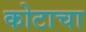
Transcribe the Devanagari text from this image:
कोटाचा